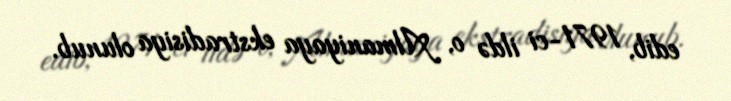
edib, 1971-ci ildə o, Almaniyaya ekstradisiya olunub.